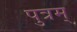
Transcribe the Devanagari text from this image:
पुत्रम्‌